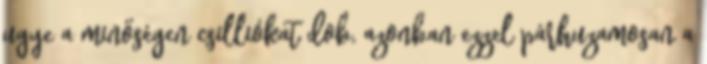
ugye a minőségen csilliókat dob, azonban ezzel párhuzamosan a